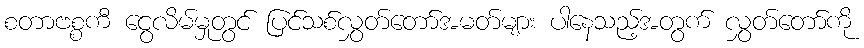
စတာဗစ္စကီ ငွေလိမ်မှုတွင် ပြင်သစ်လွှတ်တော်အမတ်များ ပါနေသည့်အတွက် လွှတ်တော်ကို